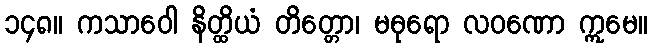
၁၄၈။ ကသာဝေါ နိတ္ထိယံ တိတ္တော၊ မဓုရော လဝဏော ဣမေ။